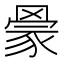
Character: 𰭒